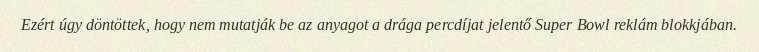
Ezért úgy döntöttek, hogy nem mutatják be az anyagot a drága percdíjat jelentő Super Bowl reklám blokkjában.